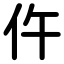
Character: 仵